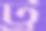
ট্রু